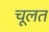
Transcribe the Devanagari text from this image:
चूलत